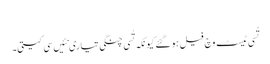
‏
تُسی ٹیسٹ وچ فیل ہو گئے کیونکہ تُسی چنگی تیاری نئیں سی کیتی۔